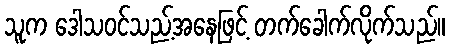
သူက ဒေါသဝင်သည့်အနေဖြင့် တက်ခေါက်လိုက်သည်။